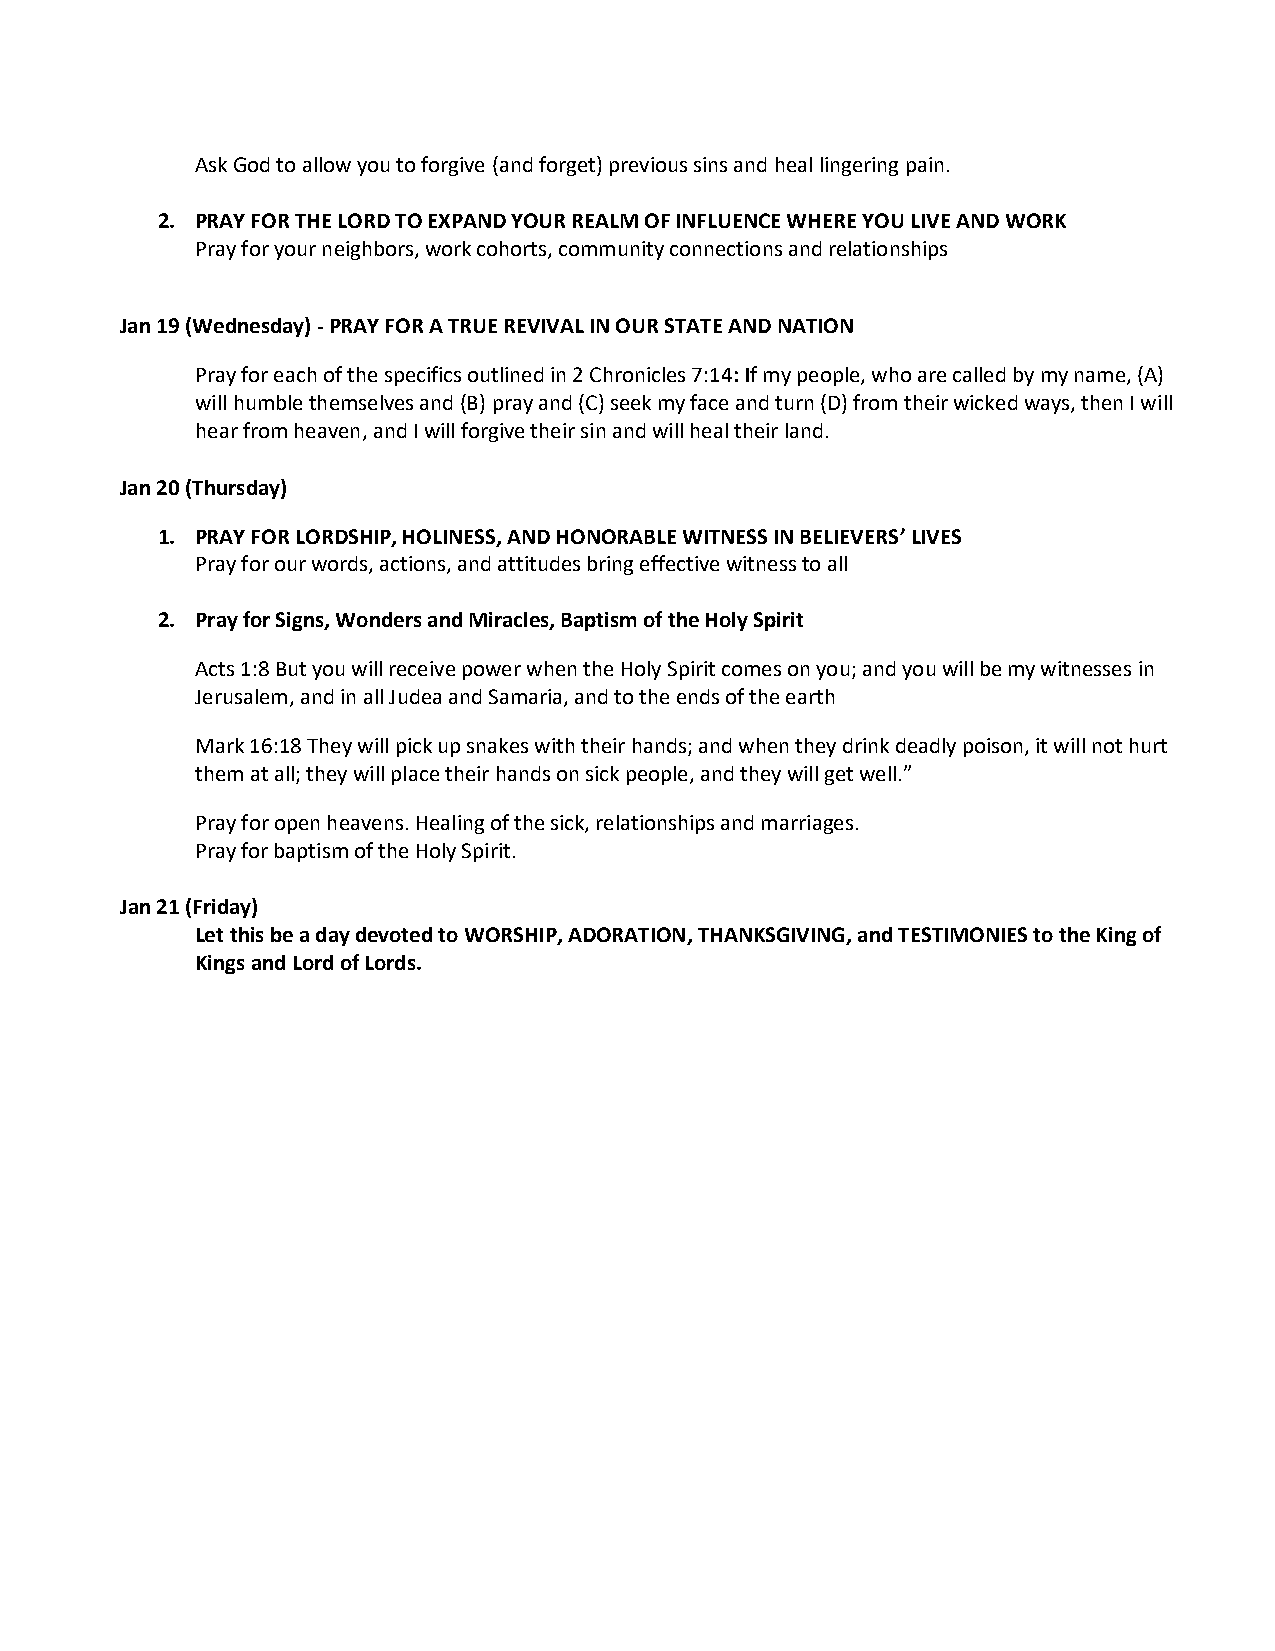
Ask God to allow you to forgive (and forget) previous sins and heal lingering pain.
 2. PRAY FOR THE LORD TO EXPAND YOUR REALM OF INFLUENCE WHERE YOU LIVE AND WORK
 Pray for your neighbors, work cohorts, community connections and relationships
 Jan 19 (Wednesday) - PRAY FOR A TRUE REVIVAL IN OUR STATE AND NATION
 Pray for each of the specifics outlined in 2 Chronicles 7:14: If my people, who are called by my name, (A)
 will humble themselves and (B) pray and (C) seek my face and turn (D) from their wicked ways, then I will
 hear from heaven, and I will forgive their sin and will heal their land.
 Jan 20 (Thursday)
 1. PRAY FOR LORDSHIP, HOLINESS, AND HONORABLE WITNESS IN BELIEVERS’ LIVES
 Pray for our words, actions, and attitudes bring effective witness to all
 2. Pray for Signs, Wonders and Miracles, Baptism of the Holy Spirit
 Acts 1:8 But you will receive power when the Holy Spirit comes on you; and you will be my witnesses in
 Jerusalem, and in all Judea and Samaria, and to the ends of the earth
 Mark 16:18 They will pick up snakes with their hands; and when they drink deadly poison, it will not hurt
 them at all; they will place their hands on sick people, and they will get well.”
 Pray for open heavens. Healing of the sick, relationships and marriages.
 Pray for baptism of the Holy Spirit.
 Jan 21 (Friday)
 Let this be a day devoted to WORSHIP, ADORATION, THANKSGIVING, and TESTIMONIES to the King of
 Kings and Lord of Lords.